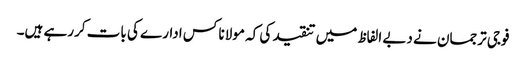
فوجی ترجمان نے دبے الفاظ میں تنقید کی کہ مولانا کس ادارے کی بات کررہے ہیں۔